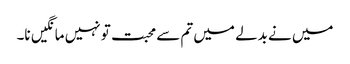
میں نے بدلے میں تم سے محبت تو نہیں مانگیں نا۔